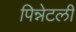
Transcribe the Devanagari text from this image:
पिन्नेटली